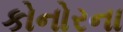
કોનોરના